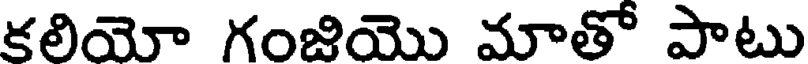
కలియో గంజియొ మాతో పాటు